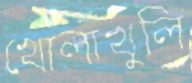
খোলাখুলি